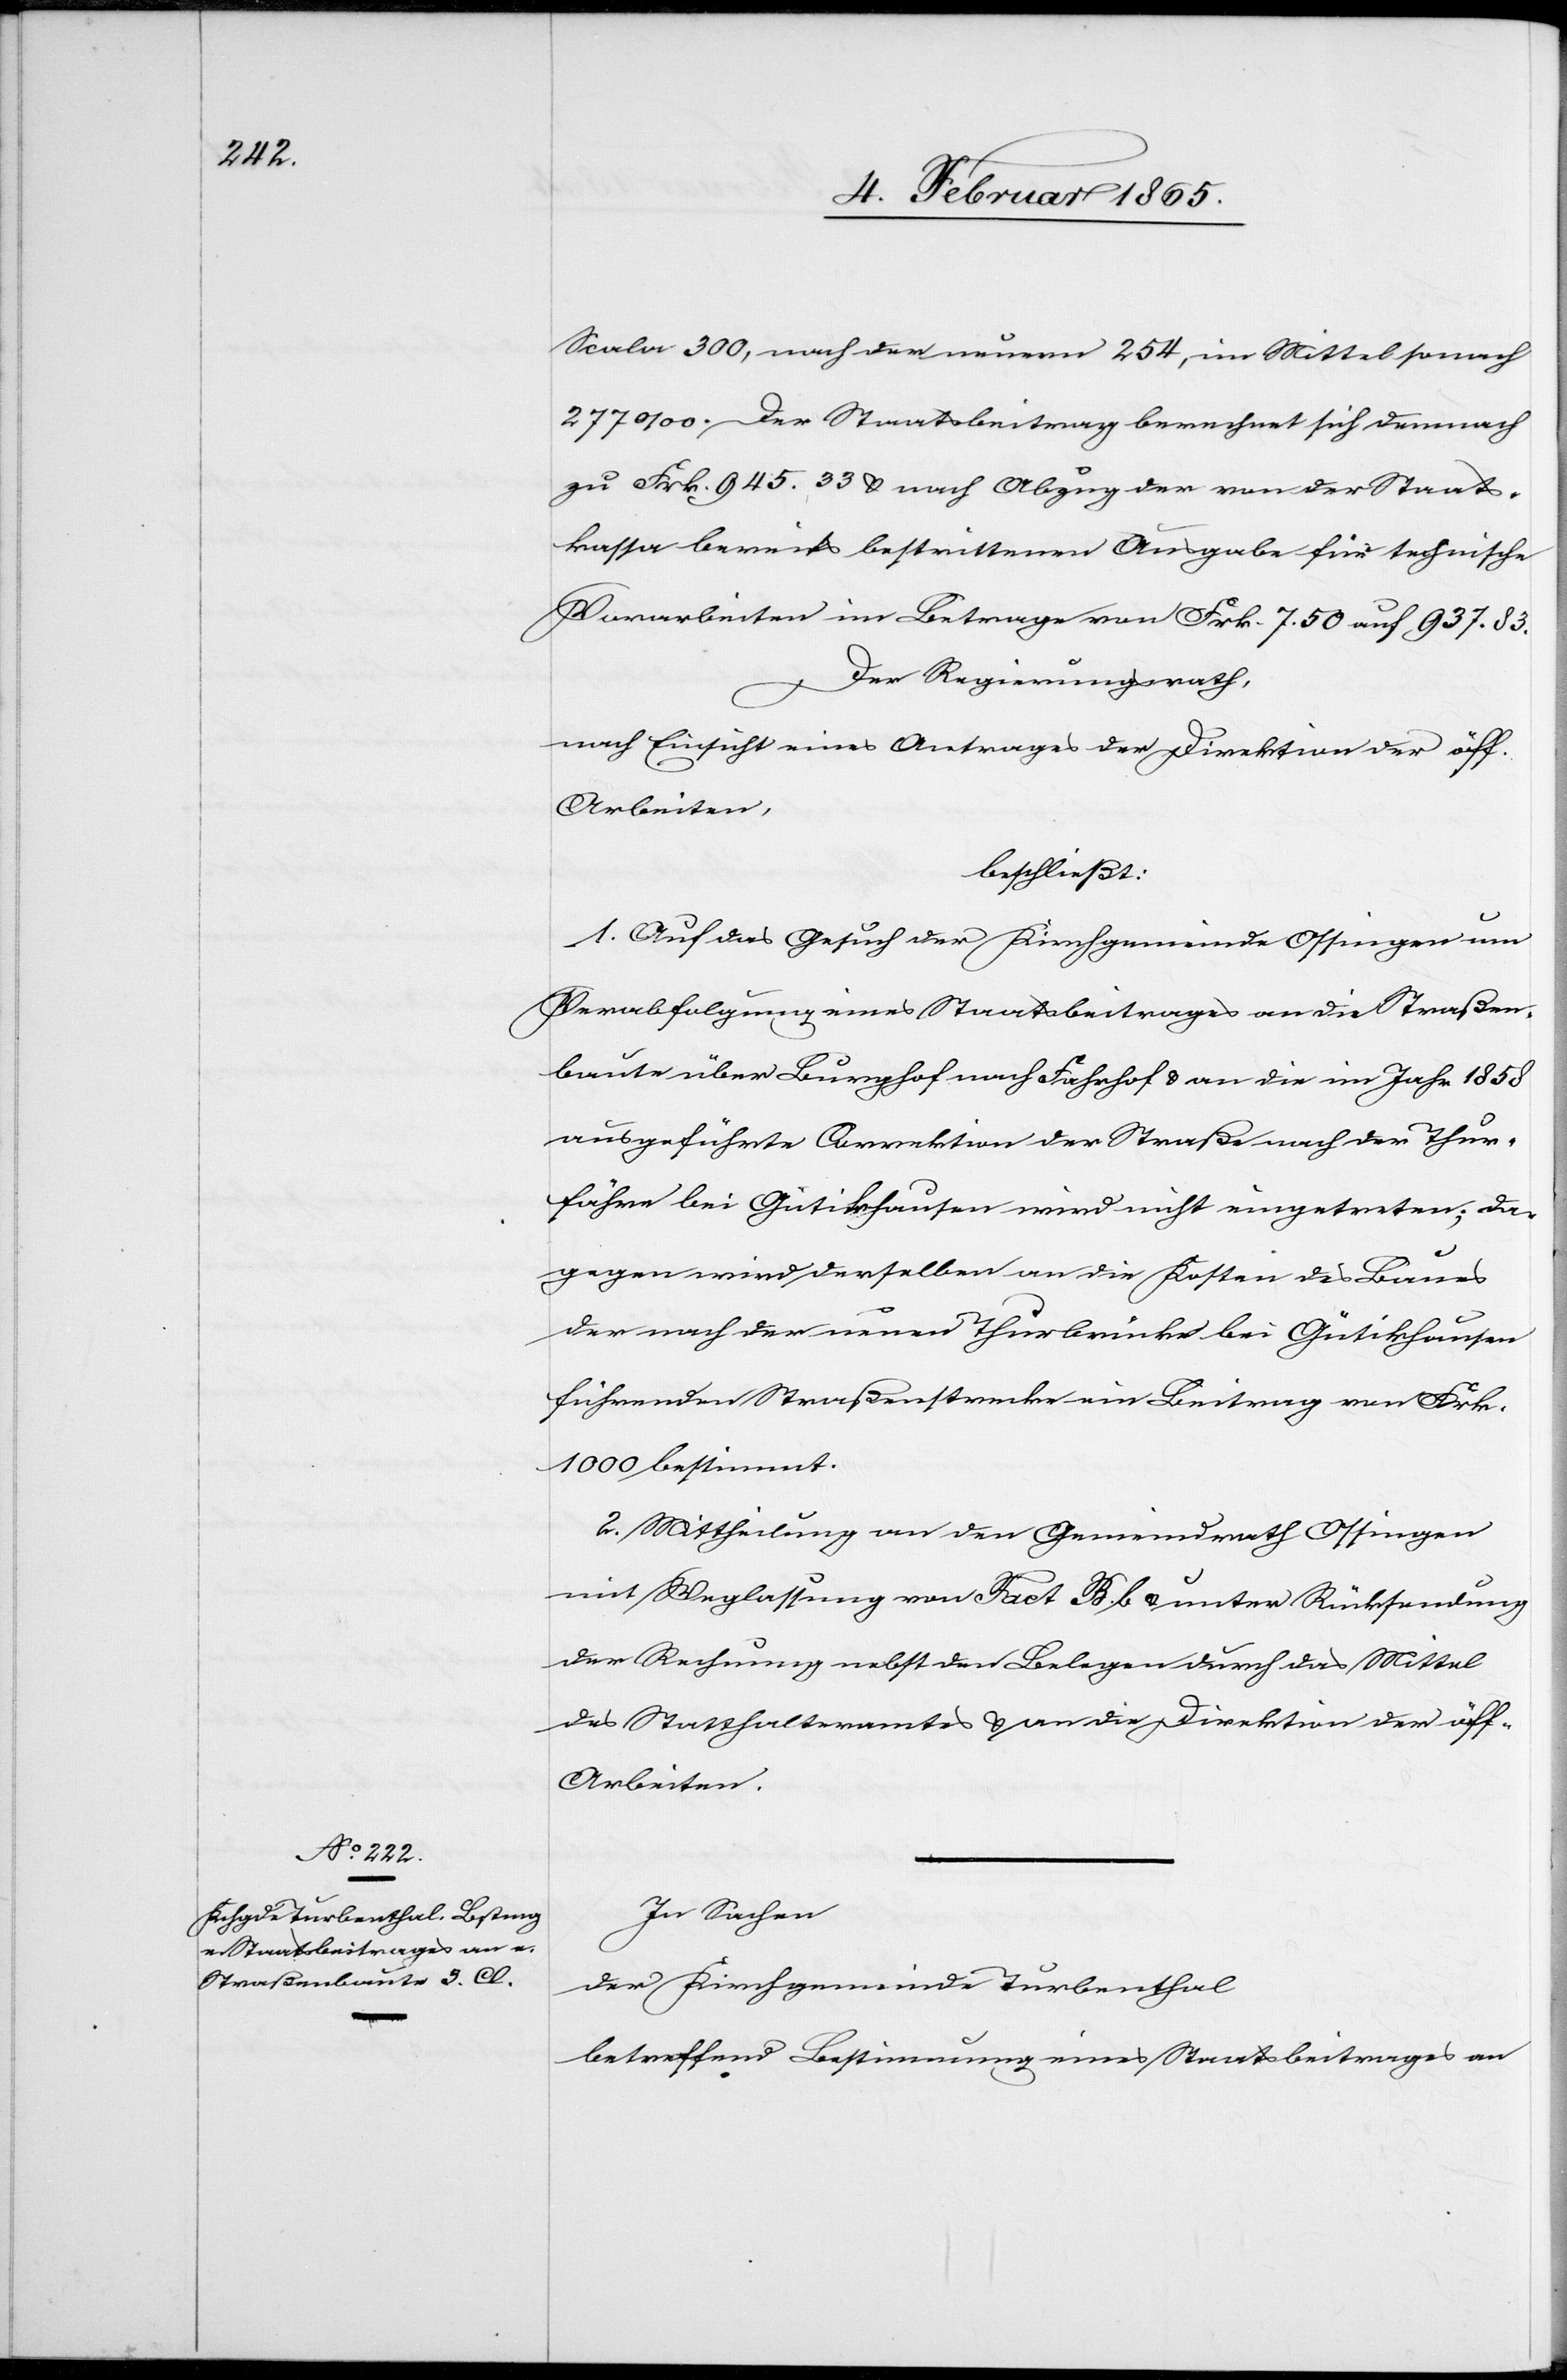
Scala 300, nach der neuern 254, im Mittel sonach
277 ‰. Der Staatsbeitrag berechnet sich demnach
zu Frk. 945. 33 u. nach Abzug der von der Staats¬
kassa bereits bestrittenen Ausgabe für technische
Vorarbeiten im Betrage von Frk. 7. 50 auf 937. 83.
Der Regierungsrath,
nach Einsicht eines Antrages der Direktion der öff.
Arbeiten,
beschließt:
1. Auf das Gesuch der Kirchgemeinde Ossingen um
Verabfolgung eines Staatsbeitrages an die Straßen¬
baute über Burghof nach Fahrhof u. an die im Jahr 1858
ausgeführte Correktion der Straße nach der Thur¬
fähre bei Gütikhausen wird nicht eingetreten; da¬
gegen wird derselben an die Kosten des Baues
der nach der neuen Thurbrücke bei Gütikhausen
führenden Straßenstrecke ein Beitrag von Frk.
1000 bestimmt.
2. Mittheilung an den Gemeindrath Ossingen
mit Weglassung von Fact B. b u. unter Rücksendung
der Rechnung nebst den Belegen durch das Mittel
des Statthalteramtes u. an die Direktion der öff.
Arbeiten.
In Sachen
der Kirchgemeinde Turbenthal
betreffend Bestimmung eines Staatsbeitrages an